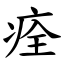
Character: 痊